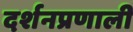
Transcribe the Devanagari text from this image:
दर्शनप्रणाली